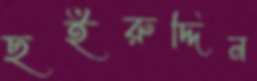
ছইরুদ্দিন